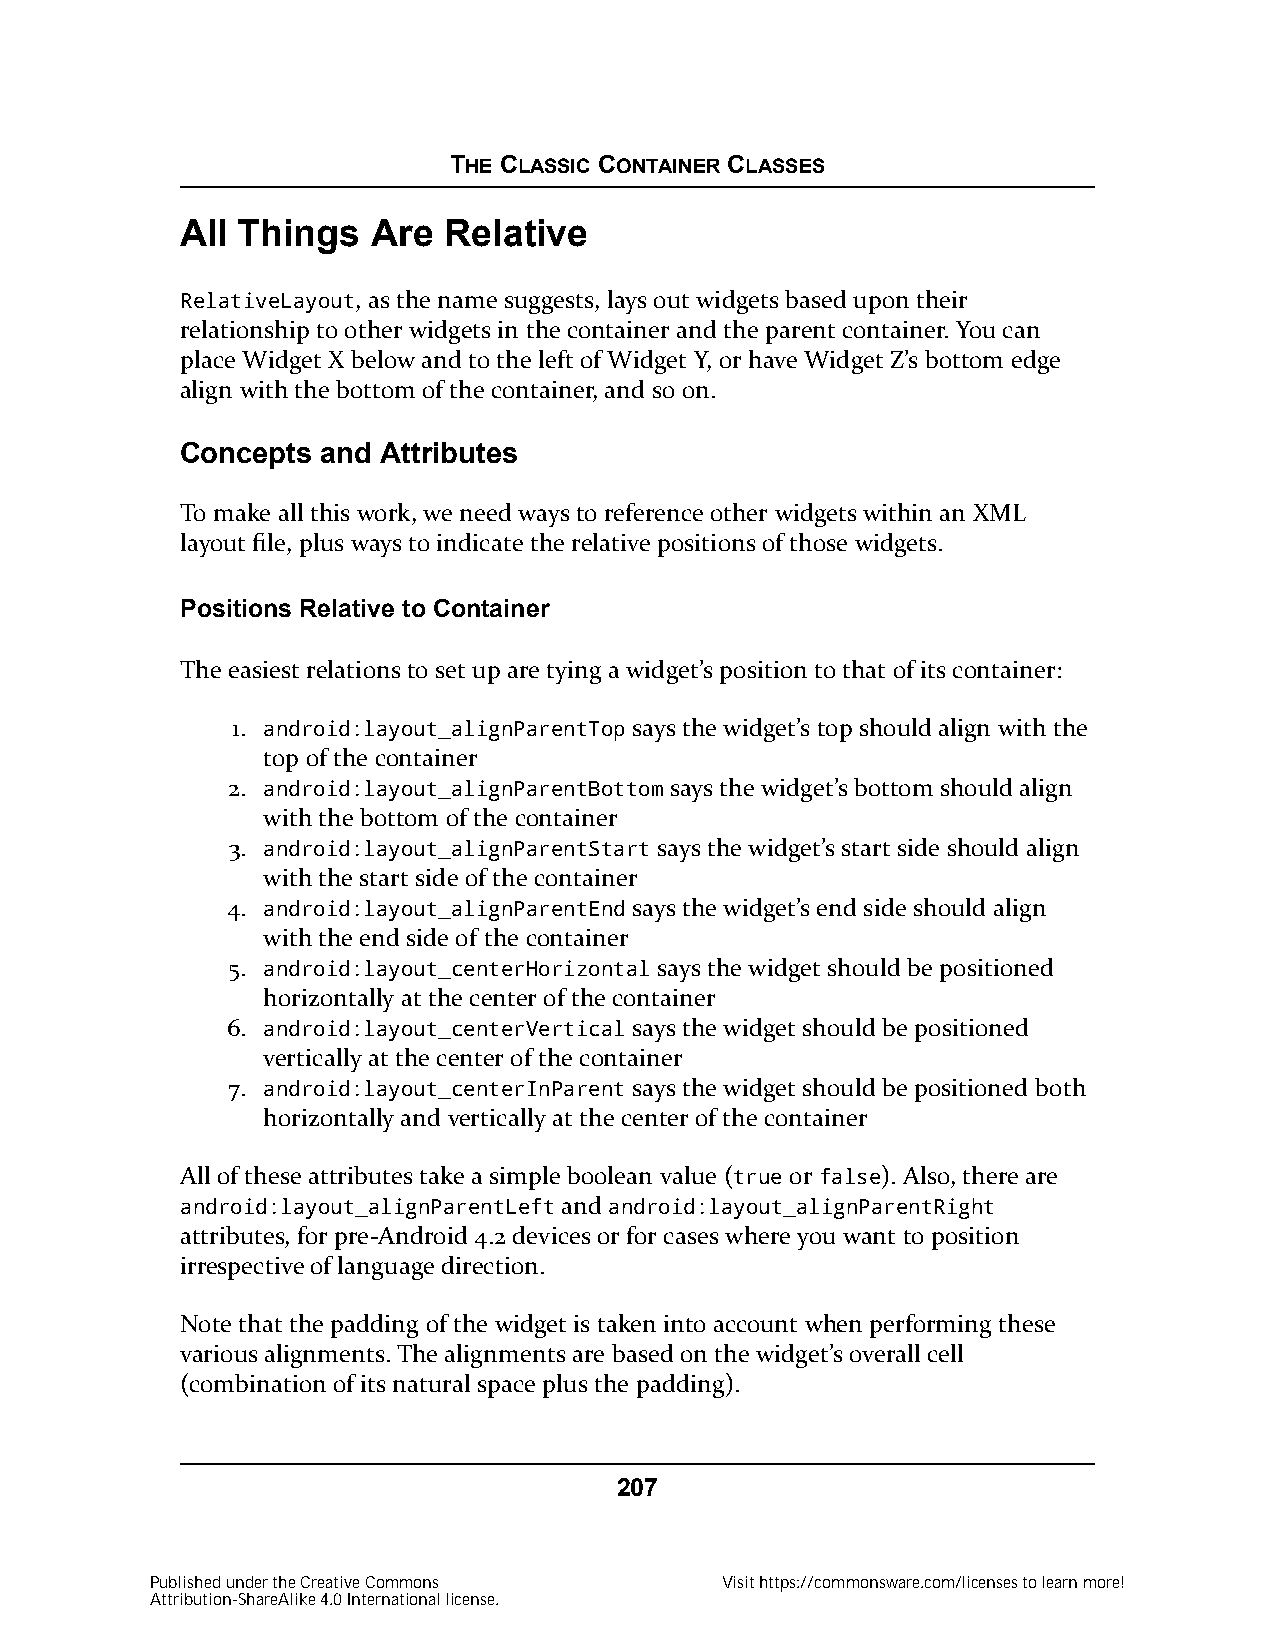
THE CLASSIC CONTAINER CLASSES
 All Things   Are Relative
 RelativeLayout, as the name suggests, lays out widgets based upon their
 relationship to other widgets in the container and the parent container. You can
 place Widget X below and to the left of Widget Y, or have Widget Z’s bottom edge
 align with the bottom of the container, and so on.
 Concepts and Attributes
 To make all this work, we need ways to reference other widgets within an XML
 layout file, plus ways to indicate the relative positions of those widgets.
 Positions Relative to Container
 The easiest relations to set up are tying a widget’s position to that of its container:
 1. android:layout_alignParentTop says the widget’s top should align with the
 top of the container
 2. android:layout_alignParentBottom says the widget’s bottom should align
 with the bottom of the container
 3. android:layout_alignParentStart says the widget’s start side should align
 with the start side of the container
 4. android:layout_alignParentEnd says the widget’s end side should align
 with the end side of the container
 5. android:layout_centerHorizontal says the widget should be positioned
 horizontally at the center of the container
 6. android:layout_centerVertical says the widget should be positioned
 vertically at the center of the container
 7. android:layout_centerInParent says the widget should be positioned both
 horizontally and vertically at the center of the container
 All of these attributes take a simple boolean value (true or false). Also, there are
 android:layout_alignParentLeft and android:layout_alignParentRight
 attributes, for pre-Android 4.2 devices or for cases where you want to position
 irrespective of language direction.
 Note that the padding of the widget is taken into account when performing these
 various alignments. The alignments are based on the widget’s overall cell
 (combination of its natural space plus the padding).
 207
 Published under the Creative Commons  Visit https://commonsware.com/licenses to learn more!
 Attribution-ShareAlike 4.0 International license.